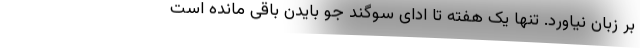
بر زبان نیاورد. تنها یک هفته تا ادای سوگند جو بایدن باقی مانده است